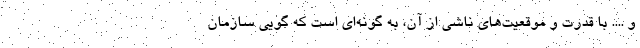
و .... با قدرت و موقعیت‌های ناشی از آن، به گونه‌ای است که گویی سازمان